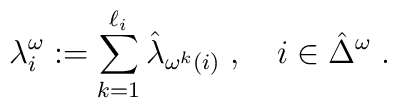
\lambda _{i}^{\omega }:=\sum\limits_{k=1}^{\ell _{i}}\hat{\lambda}_{\omega^{k}(i)}\;,\quad i\in \hat{\Delta}^{\omega }\;.